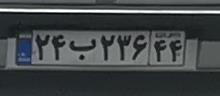
۲۴ب۲۳۶۴۶